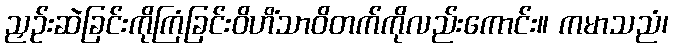
ညှဉ်းဆဲခြင်းကိုကြံခြင်းဝိဟိံသာဝိတက်ကိုလည်းကောင်း။ ကမာသညံ၊